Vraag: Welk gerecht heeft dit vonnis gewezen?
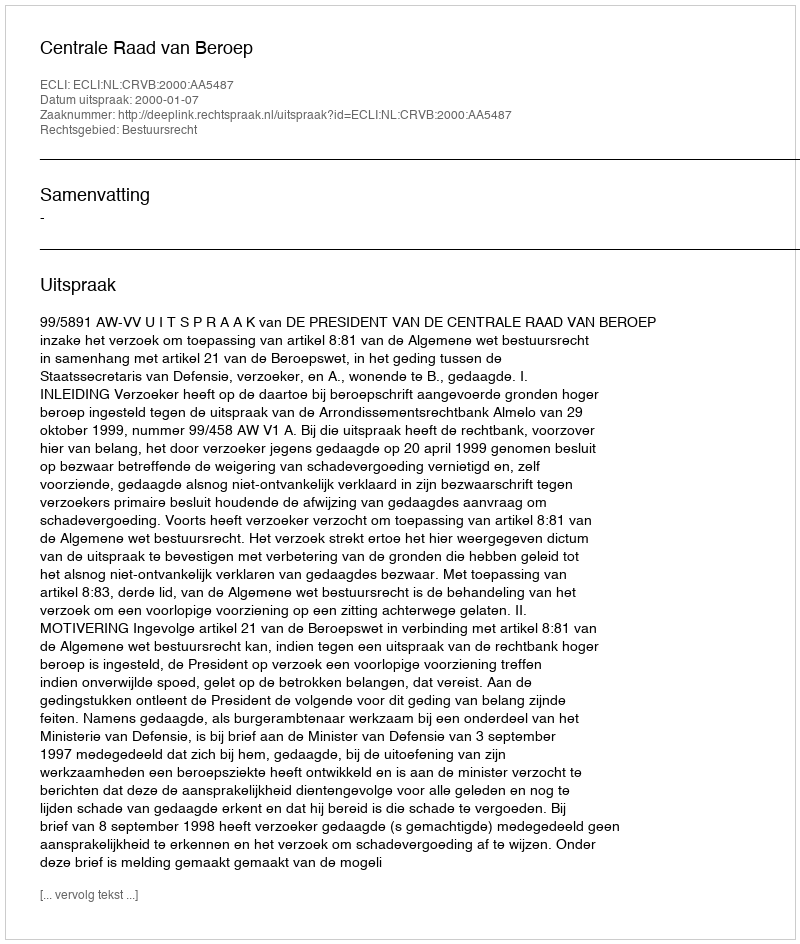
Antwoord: Centrale Raad van Beroep